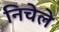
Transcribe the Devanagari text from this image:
निचेले